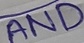
Text: AND